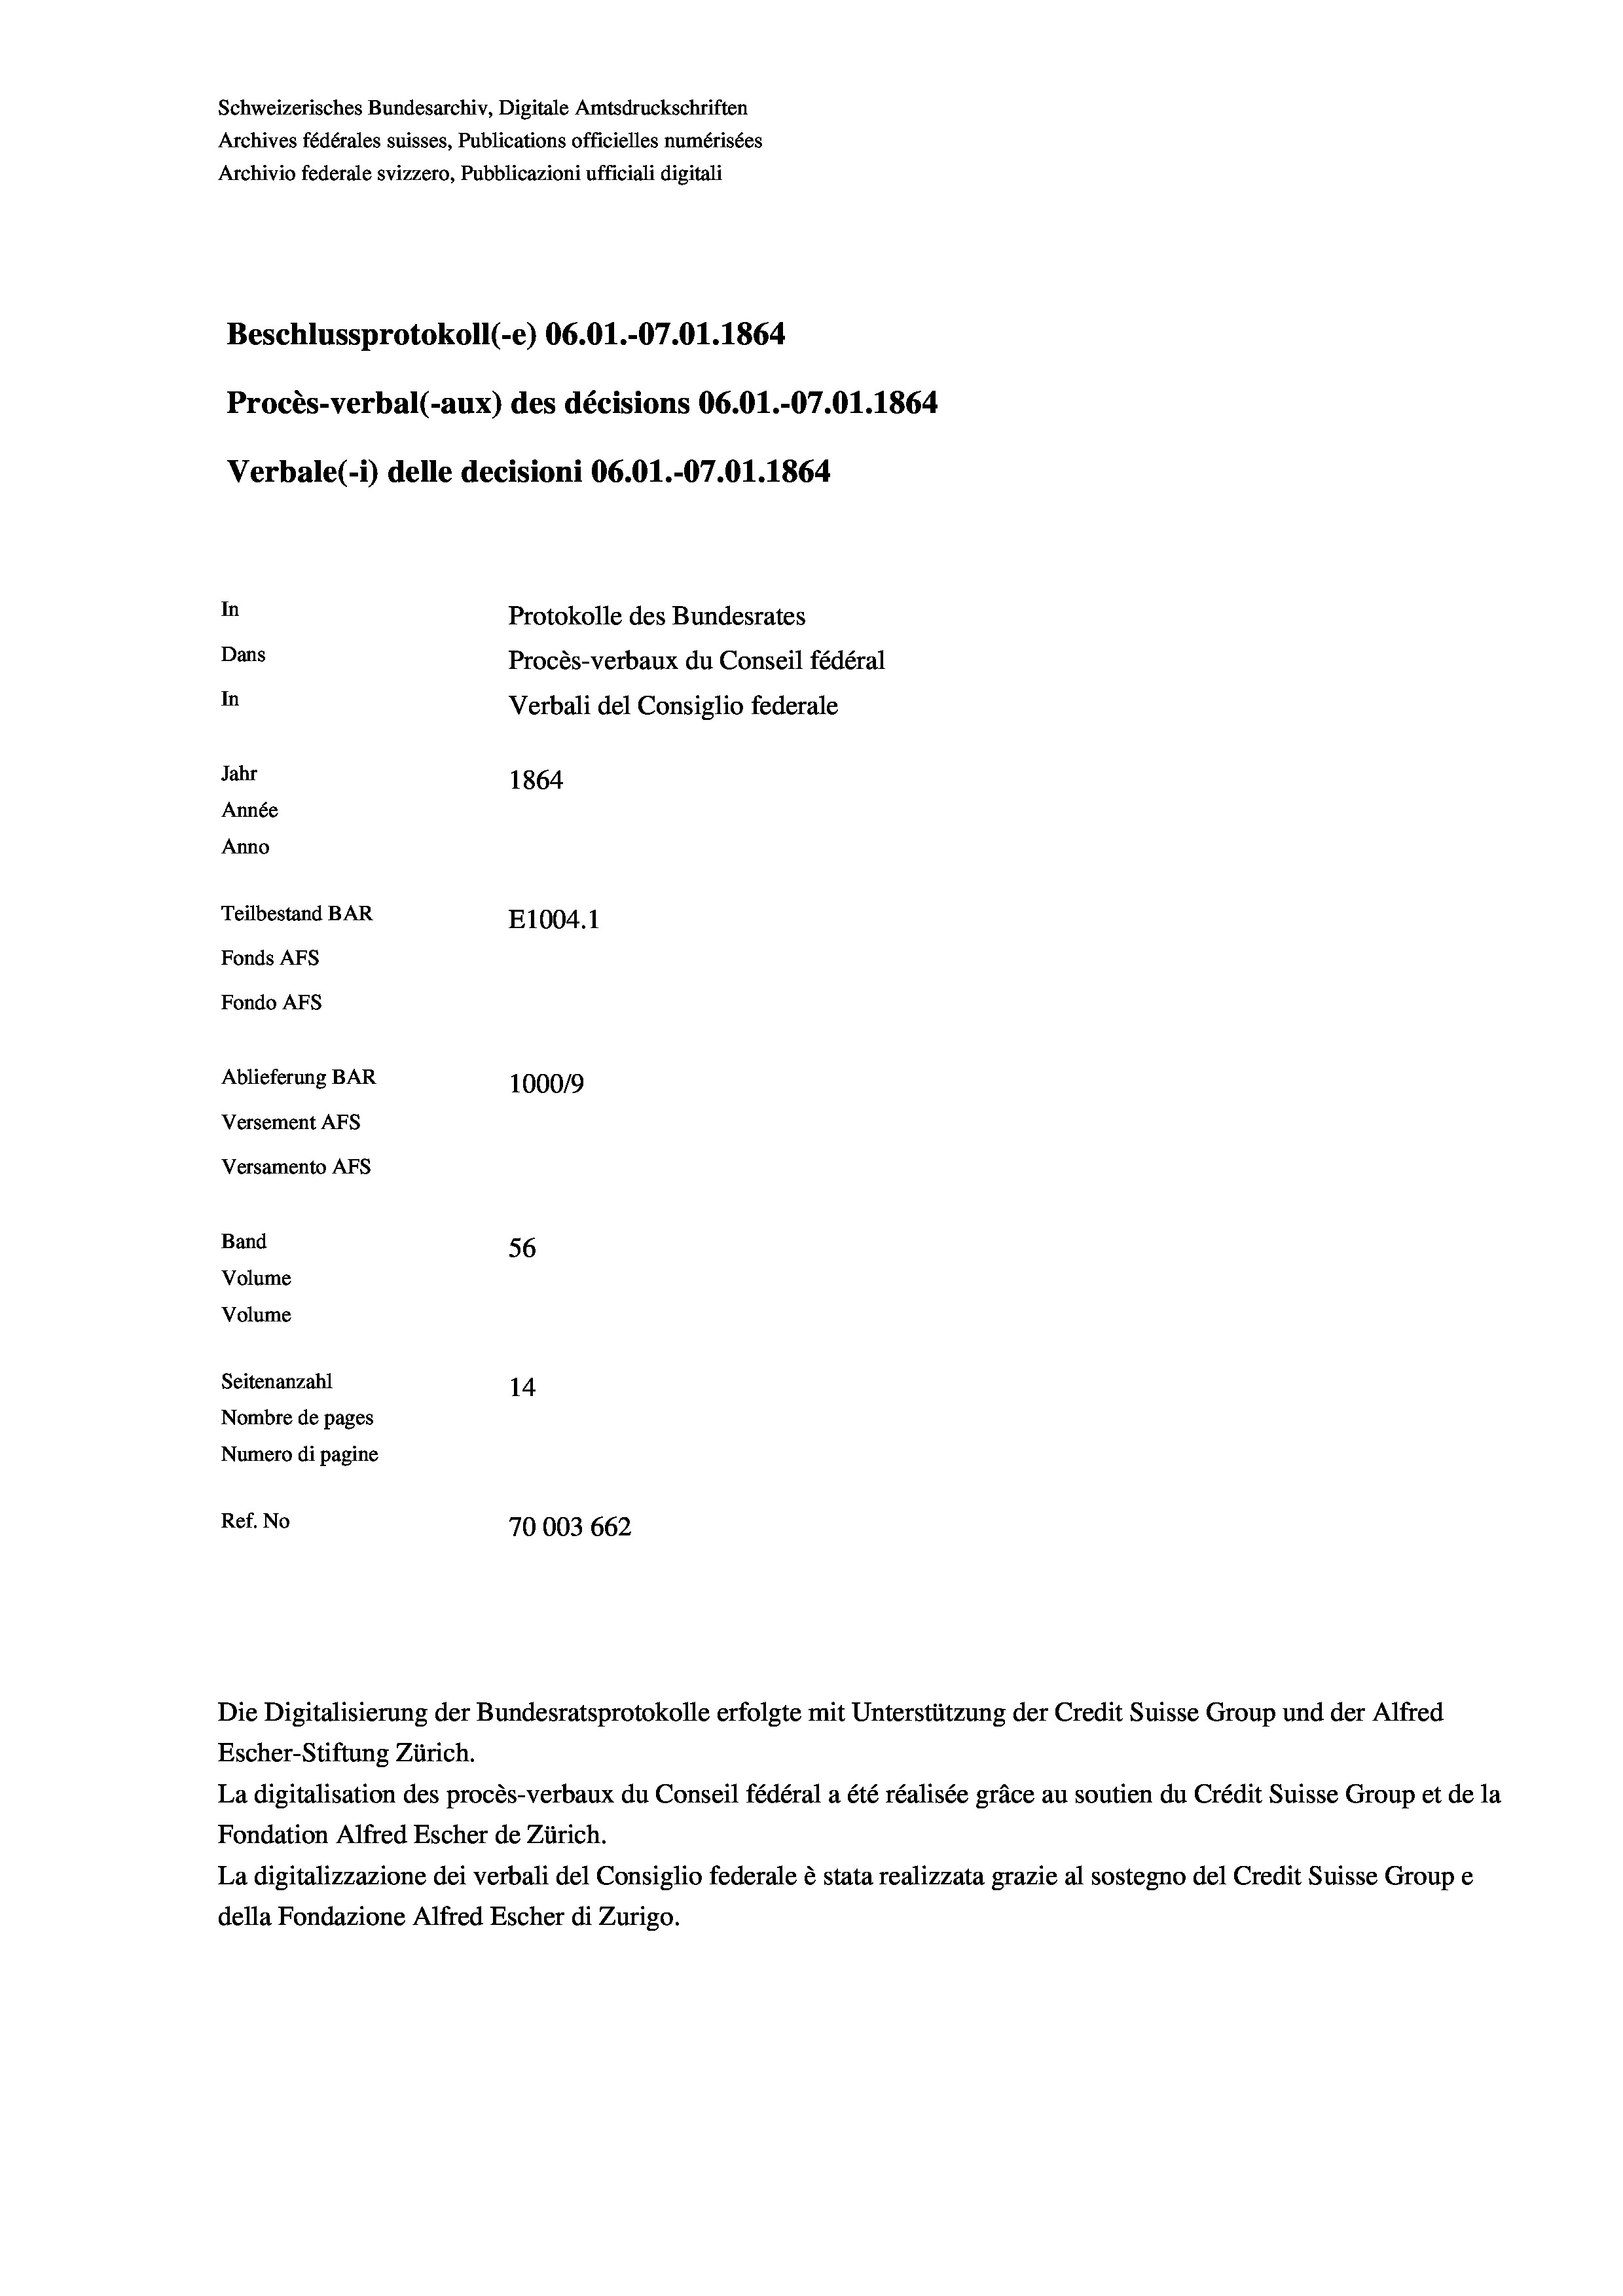
Schweizerisches Bundesarchiv, Digitale Amtsdruckschriften
Archives fédérales suisses, Publications officielles numérisées
Archivio federale svizzero, Pubblicazioni ufficiali digitali
Beschlussprotokoll (-e) 06.01.-07.01. 1864
Procès-verbal (-aux) des décisions 06.01.-07.01. 1864
Verbale (i) delle decisioni 06.01.-07.01. 1864
In
Protokolle des Bundesrates
Dans
Procès-verbaux du Conseil fédéral
In
Verbali del Consiglio federale
Jahr
1864
Année
Anno
Teilbestand BAR
E1004.1
Fonds AFs
Fondo Afs
Ablieferung BAR
100019
Versement AFs
Versamento AFS
Band
56
Volume
Volume
Seitenanzahl
14
Nombre de pages
Numero di pagine
Ref. No
70003 662

Escher-Stiftung Zürich.
La digitalisation des procès-verbaux du Conseil fédéral a été réalisée gräce au soutien du Crédit Suisse Group et de la
Fondation Alfred Escher de Zürich.
La digitalizzazione dei verbali del Consiglio federale è stata realizzata grazie al sostegno del Credit Suisse Groupe
della Fondazione Alfred Escher di Zurigo.

Die Digitalisierung der Bundesratsprotokolle erfolgte mit Unterstützung der Credit Suisse Group und der Alfred